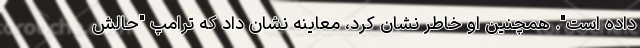
داده است". همچنین او خاطر نشان کرد، معاینه نشان داد که ترامپ "حالش